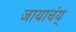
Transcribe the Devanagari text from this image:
जायाचंय्‌